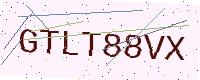
Text: GTLT88VX